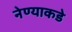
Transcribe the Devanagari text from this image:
नेण्याकडे